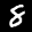
Label: 8